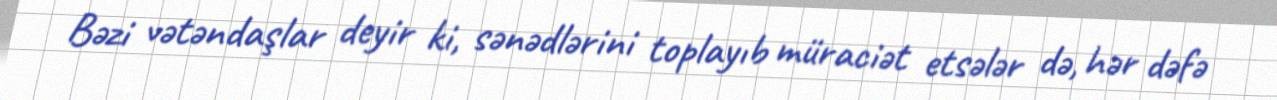
Bəzi vətəndaşlar deyir ki, sənədlərini toplayıb müraciət etsələr də, hər dəfə